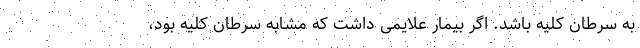
به سرطان کلیه باشد. اگر بیمار علایمی داشت که مشابه سرطان کلیه بود،